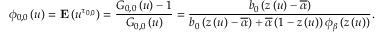
\phi _ { 0 , 0 } \left( u \right) = { \bf E } \left( u ^ { \tau _ { 0 , 0 } } \right) = \frac { G _ { 0 , 0 } \left( u \right) - 1 } { G _ { 0 , 0 } \left( u \right) } = \frac { b _ { 0 } \left( z \left( u \right) - \overline { { \alpha } } \right) } { b _ { 0 } \left( z \left( u \right) - \overline { { \alpha } } \right) + \overline { { \alpha } } \left( 1 - z \left( u \right) \right) \phi _ { \beta } \left( z \left( u \right) \right) } \mathrm { . }